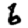
Digit: 6